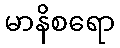
မာနိစရော